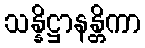
သန္နိဋ္ဌာနန္တိကာ